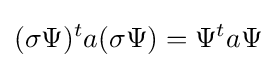
(\sigma \Psi )^{t}a(\sigma \Psi )=\Psi ^{t}a\Psi